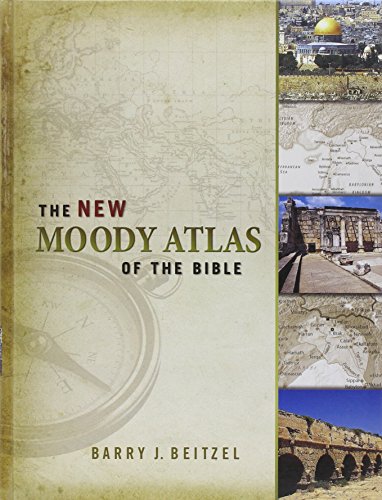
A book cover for The New Moody Atlas of the Bible; Barry J. Beitzel; Christian Books & Bibles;